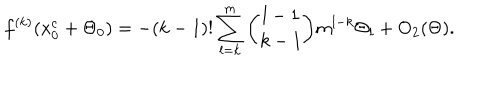
LaTeX: f ^ { ( k ) } ( x _ { 0 } ^ { c } + \Theta _ { 0 } ) = - ( k - 1 ) ! \sum _ { l = k } ^ { m } { \binom { l - 1 } { k - 1 } } m ^ { l - k } \Theta _ { l } + { \mathrm { O } } _ { 2 } ( \Theta ) .